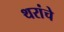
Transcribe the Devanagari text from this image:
थरांचे